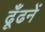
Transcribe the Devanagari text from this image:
ढूँढनें